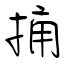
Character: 捅